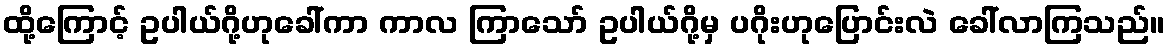
ထို့ကြောင့် ဥပါယ်ဂို့ဟုခေါ်ကာ ကာလ ကြာသော် ဥပါယ်ဂို့မှ ပဂိုးဟုပြောင်းလဲ ခေါ်လာကြသည်။